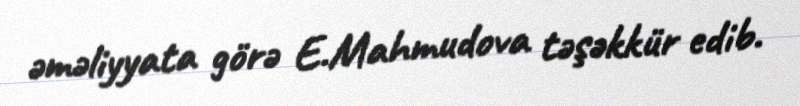
əməliyyata görə E.Mahmudova təşəkkür edib.